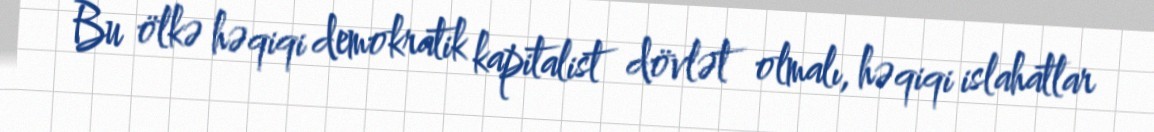
Bu ölkə həqiqi demokratik kapitalist dövlət olmalı, həqiqi islahatlar